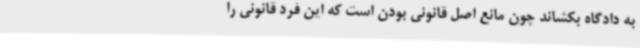
به دادگاه بکشاند چون مانع اصل قانونی بودن است که این فرد قانونی را